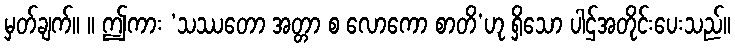
မှတ်ချက်။ ။ ဤကား ‘သဿတော အတ္တာ စ လောကော စာတိ’ဟု ရှိသော ပါဌ်အတိုင်းပေးသည်။